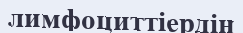
лимфоциттіердің